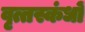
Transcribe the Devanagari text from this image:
वृत्तस्कंधों